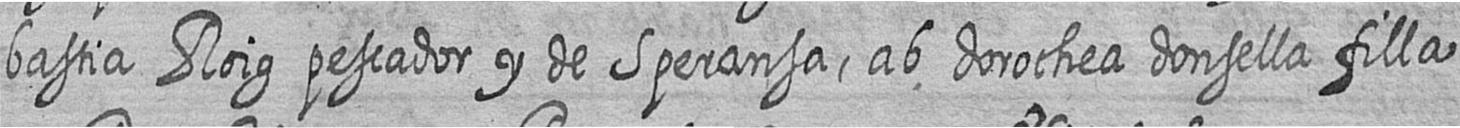
bastia Roig pescador y de Speransa ab dorothea donsella filla